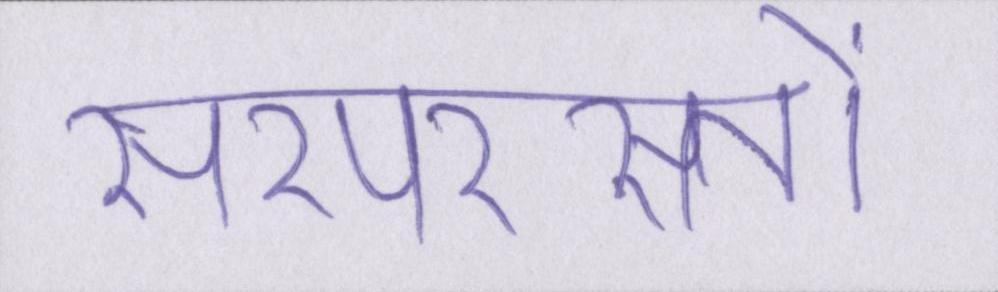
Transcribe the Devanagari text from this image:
सरपरस्तों